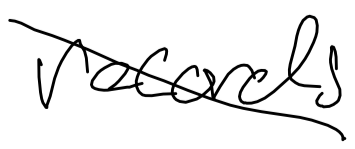
Text: records
Cross-out: diagonal
Writing tool: digital_black